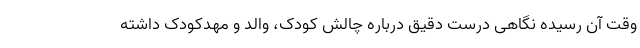
وقت آن رسیده نگاهی درست دقیق درباره چالش کودک،‌ والد و مهدکودک داشته